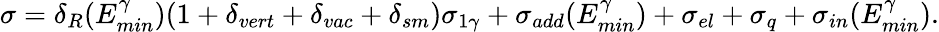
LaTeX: \sigma=\delta_{R}(E_{min}^{\gamma})(1+\delta_{vert}+\delta_{vac}+\delta_{sm})\sigma_{1\gamma}+\sigma_{add}(E_{min}^{\gamma})+\sigma_{el}+\sigma_{q}+\sigma_{in}(E_{min}^{\gamma}).